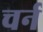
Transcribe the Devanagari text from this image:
चर्न